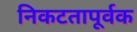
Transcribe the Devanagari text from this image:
निकटतापूर्वक